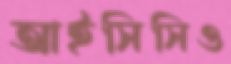
আইসিসিও